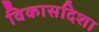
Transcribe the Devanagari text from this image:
विकासदिशा